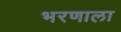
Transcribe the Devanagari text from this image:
भरणाला